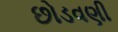
છોડવણી